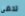
تحضى